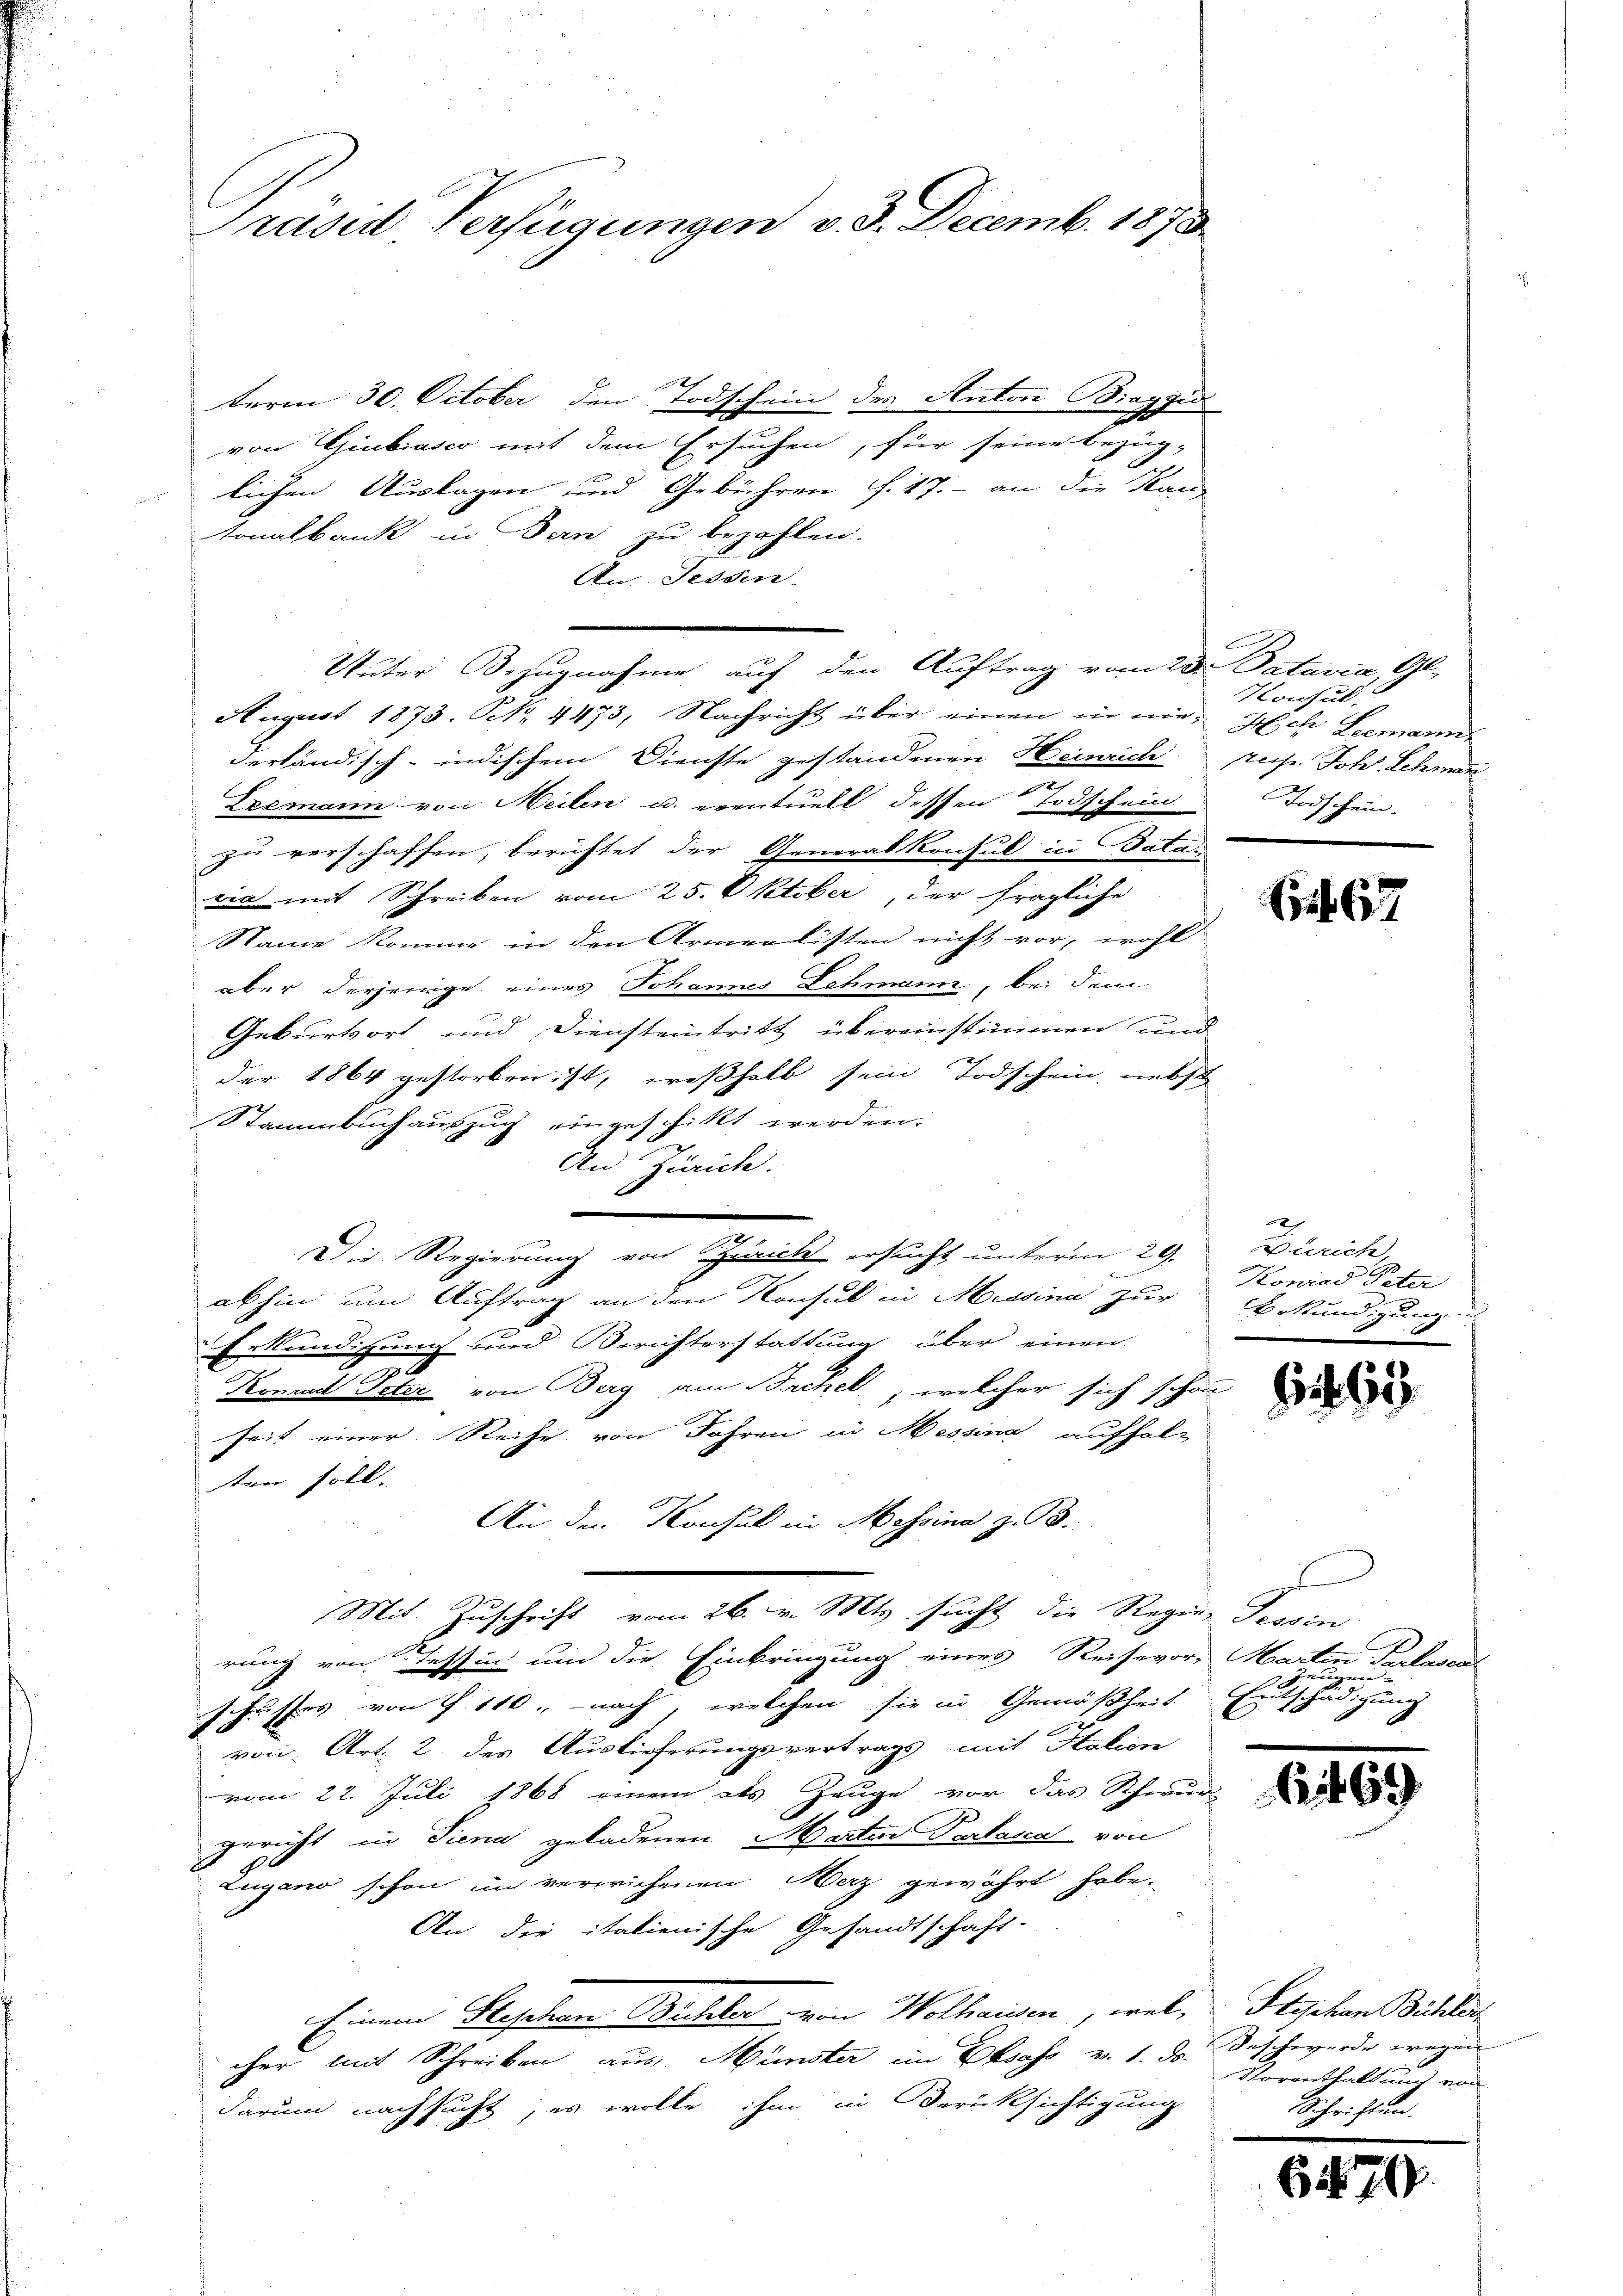
Präsid Verfügungen v. 3. Decemb. 1878

term 30. October den Todschein des Anton Biagyid
von Giubiasco mit dem Ersuchen, für seine bezüg-
lichen Auslagen und Gebühren f. 17. an die Kan
tonalbank in Bern zu bezahlen.
An Tessin.
Unter Bezugnahme auf den Auftrag vom 23. Patavia, Gl.
August 1873. No. 4473, Nachricht über einen in nie. Ich Leemann
derländisch-indischem Dienste gestandenen Heinrich pres Joh. Schmar
e
Esemann von Meilen u. eventuell dessen Todschein
zu verschaffen, berichtet der Generalkonsul in Batawir mit Schreiben vom 25. Oktober, der fragliche
Name komme in den Armeelisten nicht vor, wohl
aber derjenige eines Johannes Lehmann, bei dem
Geburtsort und Diensteintritt übereinstimmen und
der 1864 gestorben ist, weßhalb sein Todschein, nebst
Stammbuch auszug eingeschikt werden.
An Zürich.
abhin um Auftrag an den Konsul in Messina zur Bekundigung.
d
Erkundigung und Berichterstattung über einen
Konrad Peter von Berg am Brchel, welcher sich schon
seit einer Reihe von Jahren in Messina aufholten soll.
An den Konsul in Messina z. B.
Mit Zuschrift vom 26. v. Mts. sucht die Regier Tessin
rung von Tessin und die Einbringung eines Reisevor, Marten Farbenen
schriftes von f. 110, nach welchen sie in Gemäßheit Entschädigung
von Art. 2 des Auslieferungsvertrags mit Italien
vom 22. Juli 1868 einem als Zeuge vor das Scheun-
gericht in Siena geladenen Marten Parlasen von
Lugano schon im verwichenen Merz gewährt habe.
An die italienische Gesandtschaft.
Einem Geschon Büchler von Wolhausen, wel
cher mit Schreiben aus. Münster im Elsass v. 1. d. Beschwerde wegen
darum nachsucht, es wolle ihm in Berücksichtigung

Die Regierung von Schrich ersucht unterm 29.

Konsul
Todschein.

67

Zürich
Kowiad Peter

3

e
ugen

Cit

Stephan Bühler
Vorenthaltung von
Schriften.

6 i

11)

29.